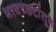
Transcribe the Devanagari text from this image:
भावच्छटांतून